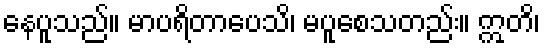
နေပူသည်။ မာပရိတာပေသိ၊ မပူစေသတည်း။ ဣတိ၊